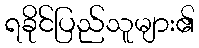
ရခိုင်ပြည်သူများ၏